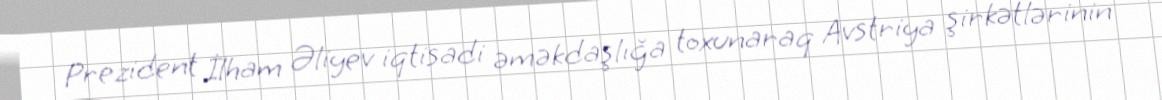
Prezident İlham Əliyev iqtisadi əməkdaşlığa toxunaraq Avstriya şirkətlərinin